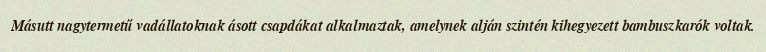
Másutt nagytermetű vadállatoknak ásott csapdákat alkalmaztak, amelynek alján szintén kihegyezett bambuszkarók voltak.